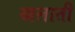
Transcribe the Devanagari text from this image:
खलाती